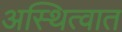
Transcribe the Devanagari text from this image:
अस्थित्वात